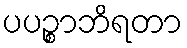
ပပဉ္စာဘိရတာ